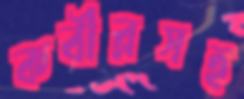
কবীরসহ